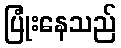
ပြုံးနေသည်